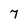
Character: 7